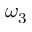
\omega _ { 3 }